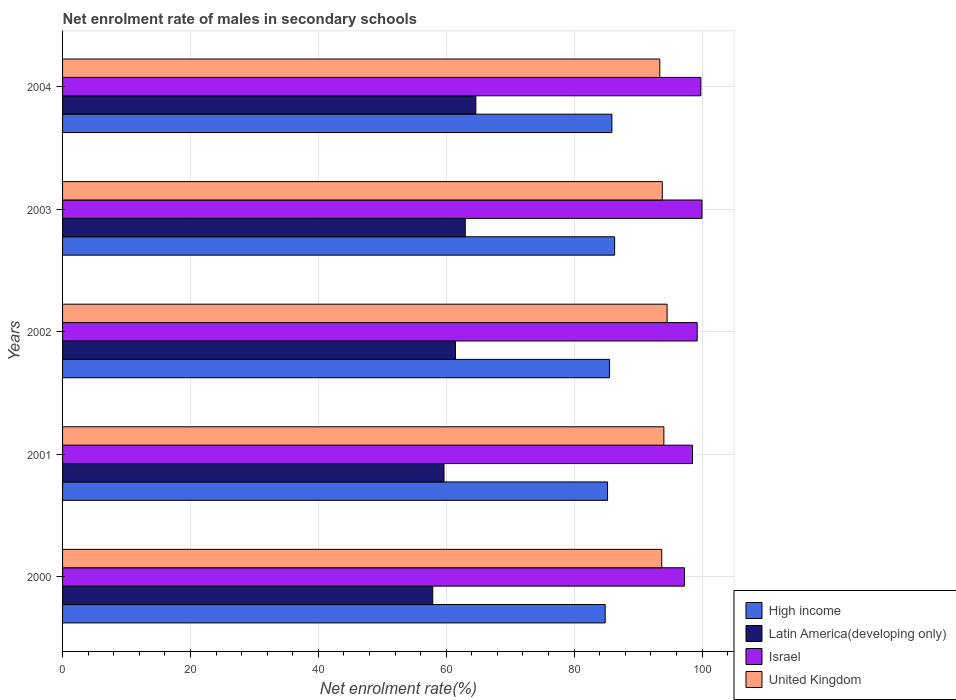
| Years | High income | Latin America(developing only) | Israel | United Kingdom |
 | --- | --- | --- | --- | --- |
 | 2000 | 84.9 | 57.9 | 97.2 | 93.7 |
 | 2001 | 85.2 | 59.7 | 98.5 | 94 |
 | 2002 | 85.5 | 61.5 | 99.2 | 94.5 |
 | 2003 | 86.3 | 63 | 100 | 93.8 |
 | 2004 | 85.9 | 64.6 | 99.8 | 93.4 |